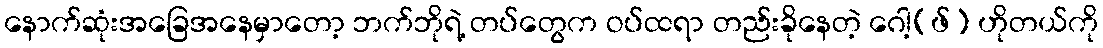
နောက်ဆုံးအခြေအနေမှာတော့ ဘက်ဘိုရဲ့ တပ်တွေက ဝပ်ထရာ တည်းခိုနေတဲ့ ဂေါ့(ဖ်) ဟိုတယ်ကို